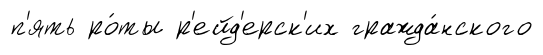
п'ять ро́ты р'ейд'ерск'их гражда́нского